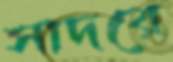
সাদরে